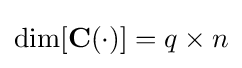
\dim[\mathbf {C} (\cdot )]=q\times n